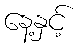
နေ့နှင့်